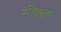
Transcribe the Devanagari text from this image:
नंदिकृत